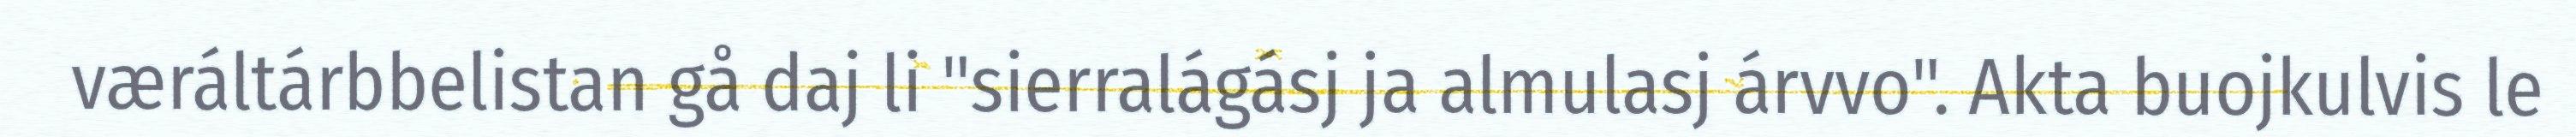
væráltárbbelistan gå daj li "sierralágásj ja almulasj árvvo". Akta buojkulvis le